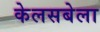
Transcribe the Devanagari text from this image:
केलसबेला